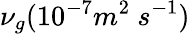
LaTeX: \nu_{g}(10^{-7}m^{2}\ s^{-1})